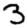
Digit: 3